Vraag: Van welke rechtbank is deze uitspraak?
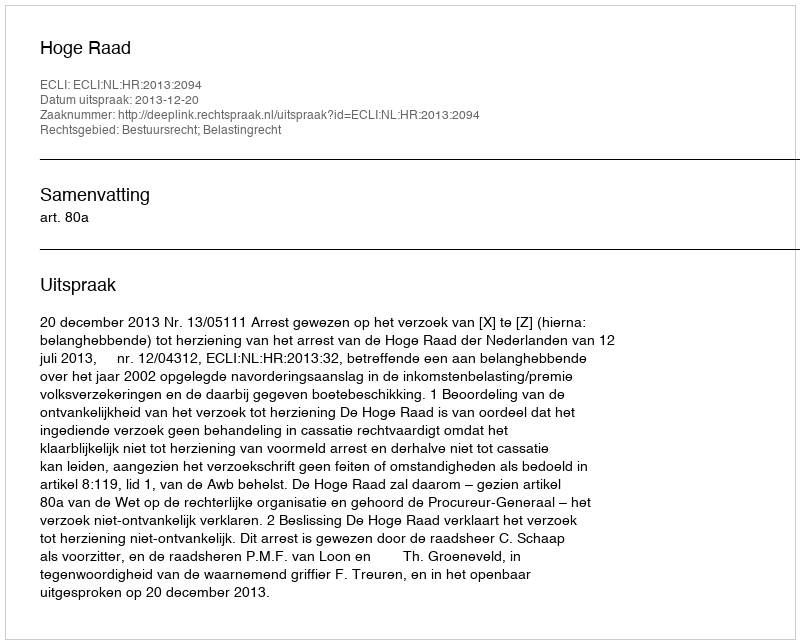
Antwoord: Hoge Raad